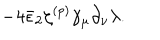
LaTeX: - 4 \bar { \epsilon } _ { 2 } \zeta ^ { ( p ) } \gamma _ { \mu } \partial _ { \nu } \lambda .